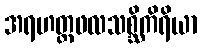
အရဟတ္တဖလသစ္ဆိကိရိယာ